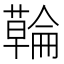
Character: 𮒇